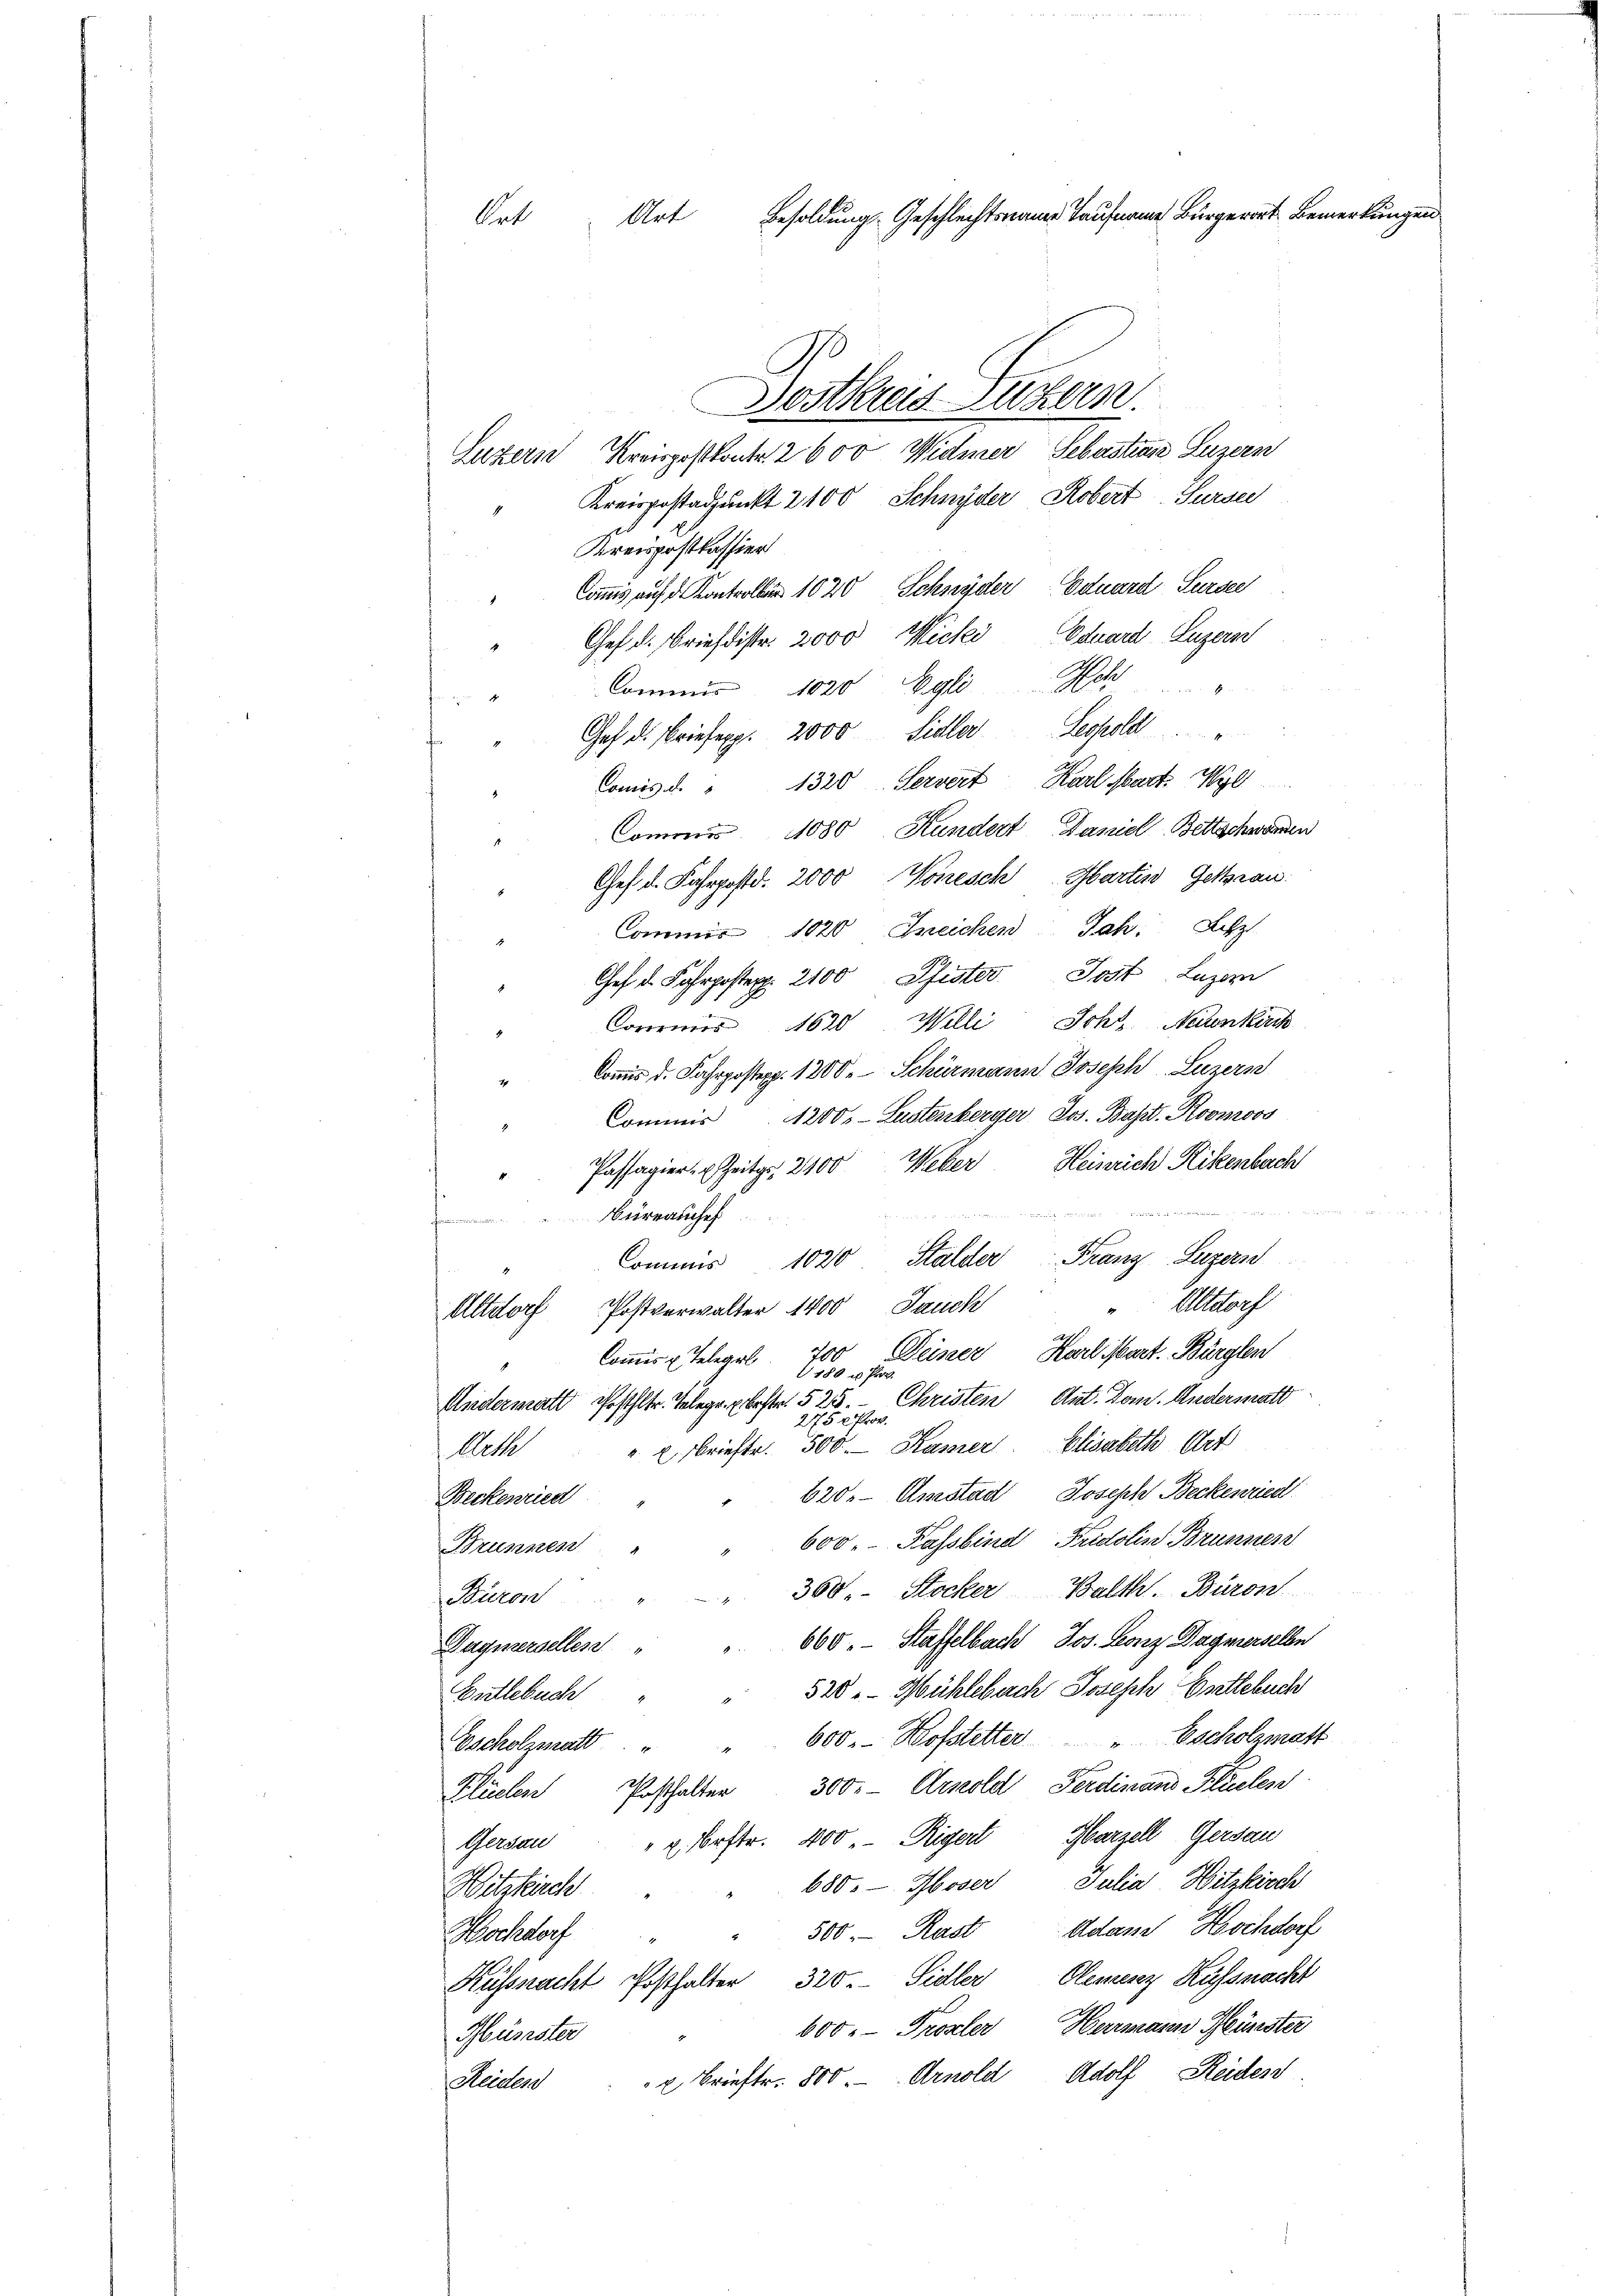
Art Besoldungs-Geschlechtsnauer Taufname Bürger Bemerkung
Art

Luzern Kreispostkontr. 2 600 Widmer, Sebastins Luzern
Kreispostadjunkt 2100 Schnyder Robert-Surser
Kreispostkassier
Commis auf d. Kontrollis 1020 Schnyder Eduard Sursee
Chef d. Briefdistr. 2000 Micki Eduard Luzern
Commis 1020 Egli Sch
Gef d. Briefexp. 2000 Sidler Leopold
Comis d. " 1320. Serviert Karl Mart. Wyl
Commis 11080 Kundert Daniel Bettschweren
Ges. d. Fahrpostd. 2000 Vonesch Martin Gelterau
Commis 1020 Zeichen Jah. Letzt
Ges. d. Fahrposten 2100 Pfister Jost Luzern
Commis 1620 Willi Schr. Neuenkirch
" Coṁis d. Fahrpostepp. 1200. Schürmann Joseph Luzern
Commis 1200, Lustenberger Jos. Bapt. Roomoos
Passagier Zeitgs 2400 Weber Heinrich Rikenbach

ürrauche
.
Commis 1020 Stalder Franz Luzern
March
Jauch
Altdorf Postverwalter 1400
Deiser Karl istart. Bürglen
Commis u. Telegel 700
180 u Prov.
Andermals Posthltr. Telegr. beste. 525. Christen Ant. Dom. Anderstatt
275 x Prov.
" E. Briefte. 500 Kamer. Elisabeth Art
Arth
620.- Amstad, Joseph Beckenried
Beckenried
600. Rassbend Fridolin Brunnen
Brunnen
360. Stocker Balth. Baron
Büron
660. Staffelbach Jos. Leonz Dagmerselben
Dagnersellen
520. Mühlebach Joseph Entlebuch
Entlebuch
600. Hofstetter " Escholzmatt
Escholzmatt
Klüelen Posthalter 300.- Arnold Ferdinand Plüelen
Gersau " u. Bestr. 400. Rigert Harzell Gersau
680. - Moser Julia Hitzkirch
Witskuch
500. Rast Adam Hochdorf
Hochdorf
Küssnacht Posthalten 320. Sidler, Clemenz Kussnacht
600. Prozler Hermann Münster
Müsster
 u Brieftr. 800. Arnold Adolf Reiden.
Maelen

Postkreis Luzern